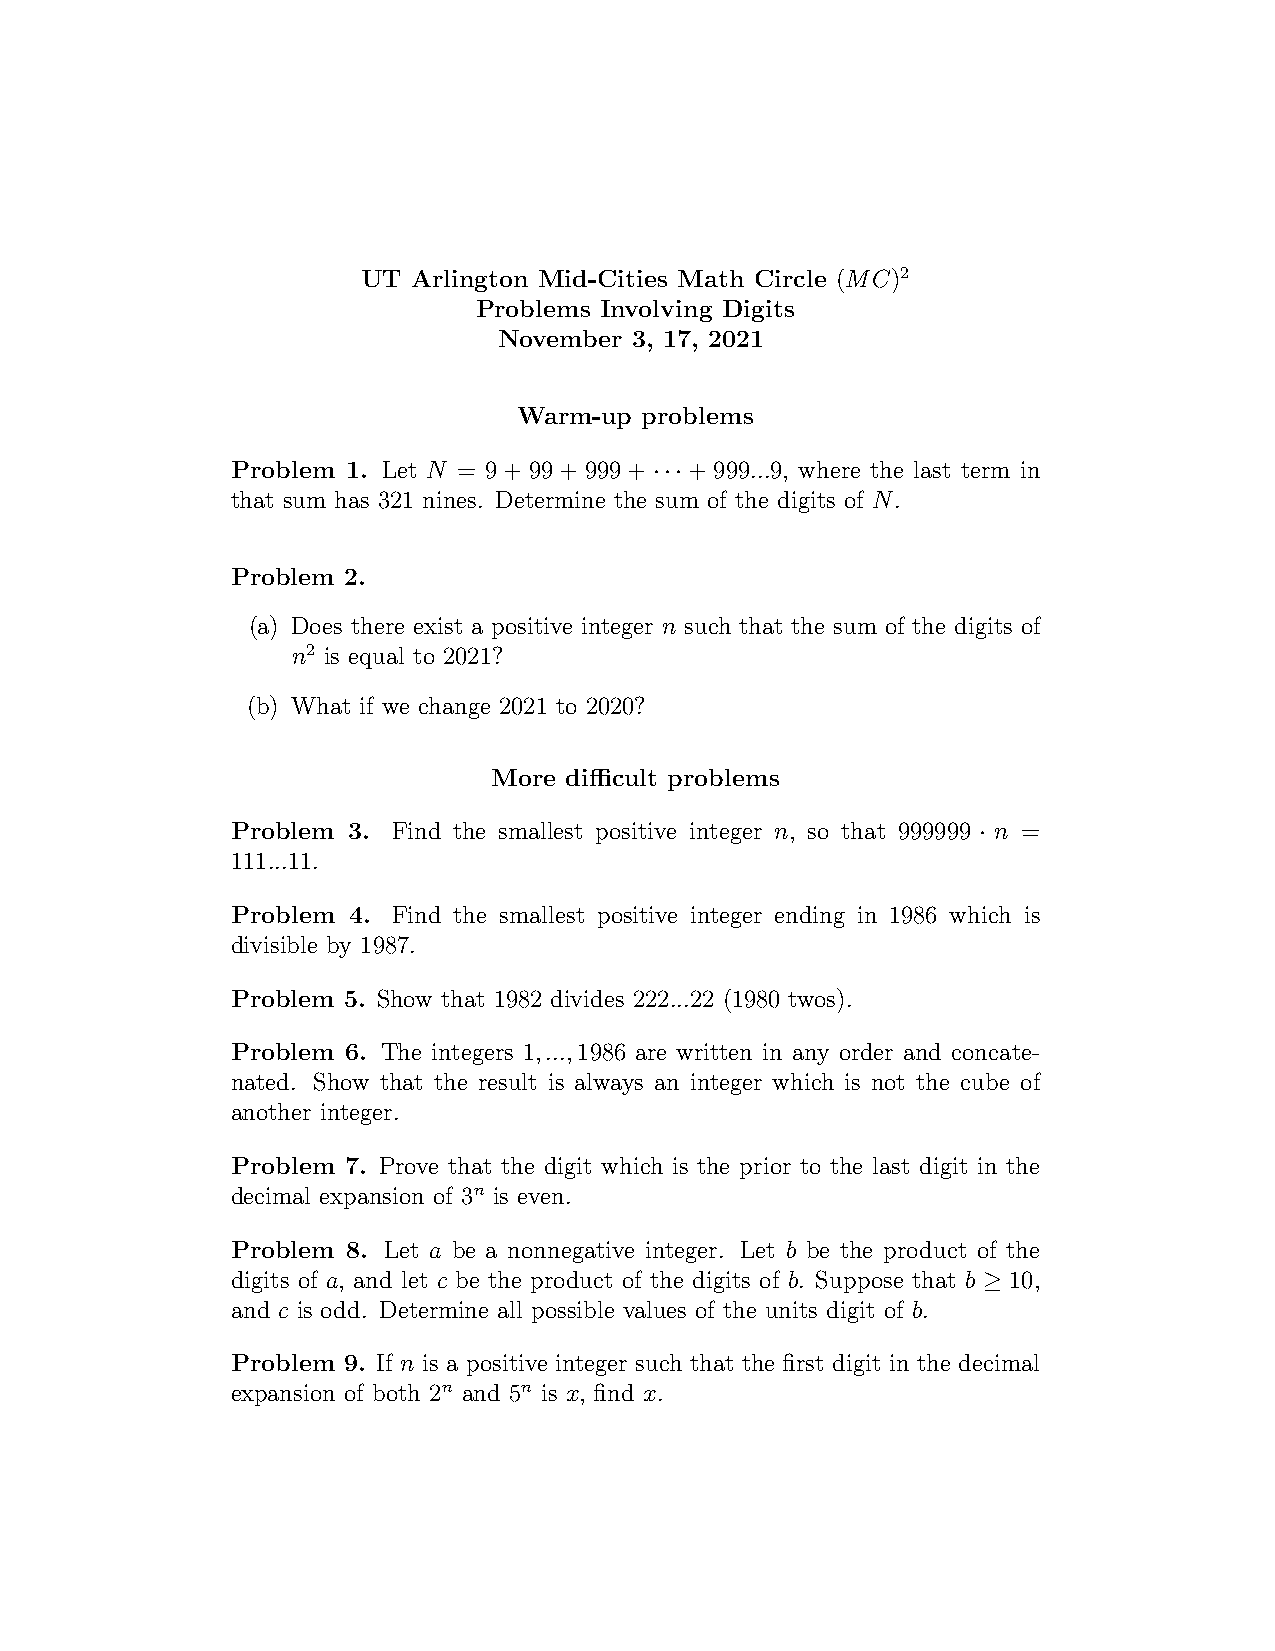
UT Arlington Mid-Cities Math Circle (MC)2
 Problems Involving Digits
 November 3, 17, 2021
 Warm-up  problems
 Problem 1. Let N = 9 + 99 + 999 + ··· + 999...9, where the last term in
 that sum has 321 nines. Determine the sum of the digits of N.
 Problem 2.
 (a) Does there exist a positive integer n such that the sum of the digits of
 n2 is equal to 2021?
 (b) What if we change 2021 to 2020?
 More difficult problems
 Problem 3. Find the smallest positive integer n, so that 999999 · n =
 111...11.
 Problem 4. Find the smallest positive integer ending in 1986 which is
 divisible by 1987.
 Problem 5. Show that 1982 divides 222...22 (1980 twos).
 Problem 6. The integers 1,...,1986 are written in any order and concate-
 nated. Show that the result is always an integer which is not the cube of
 another integer.
 Problem 7. Prove that the digit which is the prior to the last digit in the
 decimal expansion of 3n is even.
 Problem 8. Let a be a nonnegative integer. Let b be the product of the
 digits of a, and let c be the product of the digits of b. Suppose that b ≥ 10,
 and c is odd. Determine all possible values of the units digit of b.
 Problem 9. If n is a positive integer such that the first digit in the decimal
 expansion of both 2n and 5n is x, find x.